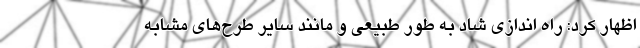
اظهار کرد: راه اندازی شاد به طور طبیعی و مانند سایر طرح‌های مشابه